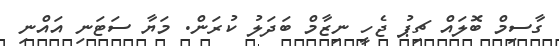
ގާސިމް ބޮލައް ޗިޕު ޖެހީ ނިޒާމް ބަދަލު ކުރަން. މަޔާ ސަޓަނި އައްނި